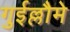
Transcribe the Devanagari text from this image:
गुईल्लौमे